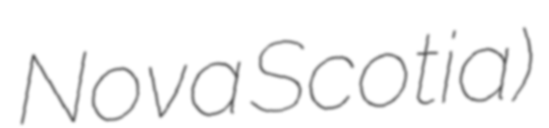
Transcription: Nova Scotia)